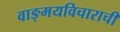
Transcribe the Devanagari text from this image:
वाङ्मयविचाराची